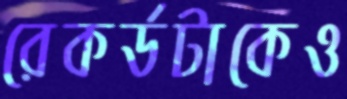
রেকর্ডটাকেও